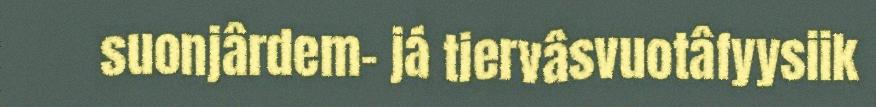
suonjârdem- já tiervâsvuotâfyysiik